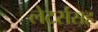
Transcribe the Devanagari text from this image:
लेटर्ससह